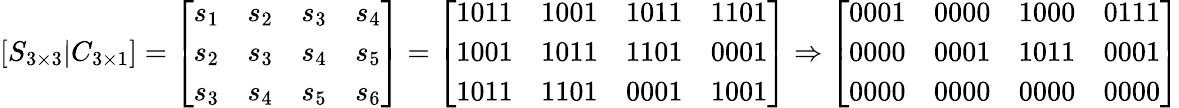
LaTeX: \left[S_{3\times 3}|C_{3\times 1}\right]={\left[\begin{array}{llll}{s_{1}}&{s_{2}}&{s_{3}}&{s_{4}}\\ {s_{2}}&{s_{3}}&{s_{4}}&{s_{5}}\\ {s_{3}}&{s_{4}}&{s_{5}}&{s_{6}}\end{array}\right]}={\left[\begin{array}{llll}{1011}&{1001}&{1011}&{1101}\\ {1001}&{1011}&{1101}&{0001}\\ {1011}&{1101}&{0001}&{1001}\end{array}\right]}\Rightarrow{\left[\begin{array}{llll}{0001}&{0000}&{1000}&{0111}\\ {0000}&{0001}&{1011}&{0001}\\ {0000}&{0000}&{0000}&{0000}\end{array}\right]}